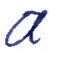
Text: a
Cross-out: clean
Writing tool: ballpoint